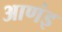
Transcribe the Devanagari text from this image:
आणंइ